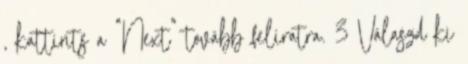
, kattints a "Next" tovább feliratra. 3 Válaszd ki